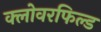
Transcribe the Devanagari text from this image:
क्लोवरफिल्ड